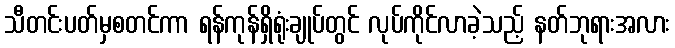
သီတင်းပတ်မှစတင်ကာ ရန်ကုန်ရှိရုံးချုပ်တွင် လုပ်ကိုင်လာခဲ့သည့် နတ်ဘုရားအလား